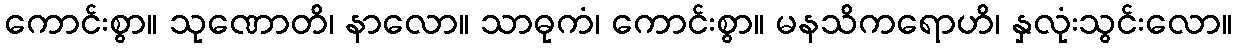
ကောင်းစွာ။ သုဏောတိ၊ နာလော။ သာဓုကံ၊ ကောင်းစွာ။ မနသိကရောဟိ၊ နှလုံးသွင်းလော။